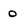
Character: 0